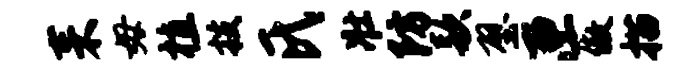
耒毋植技氏壮防款壁匣傲描